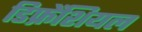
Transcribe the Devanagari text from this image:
डिफ्रेंशियल